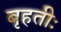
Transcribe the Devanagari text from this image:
बृहतीः